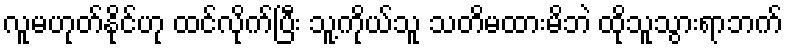
လူမဟုတ်နိုင်ဟု ထင်လိုက်ပြီး သူ့ကိုယ်သူ သတိမထားမိဘဲ ထိုသူသွားရာဘက်